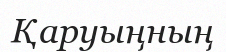
Қаруыңның